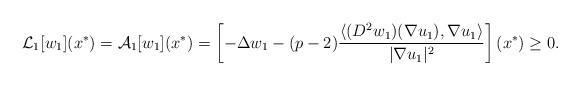
LaTeX: \begin{align*} \mathcal{L}_1[w_1](x^*)= \mathcal{A}_1[w_1](x^*)=\left[-\Delta w_1-(p-2)\frac{\langle (D^2 w_1)(\nabla u_1), \nabla u_1 \rangle}{|\nabla u_1|^2}\right](x^*)\geq 0. \end{align*}